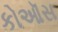
કોઑસ